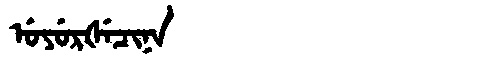
Manchu: ᡠᠶᡠᡵᡧᡝᠴᡳᠨᠠ
Romanization: UYURŠECINA